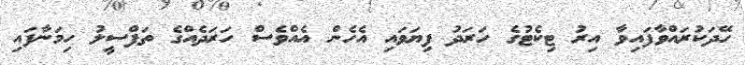
ހޭދަކުރައްވާފައިވާ އިރު ޓިކެޓުގެ ހަރަދު ފިޔަވައި އެހެން އެއްވެސް ހަރަދެއްގެ ތަފްސީލު ހިމަނާފައި